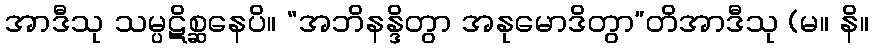
အာဒီသု သမ္ပဋိစ္ဆနေပိ။ “အဘိနန္ဒိတွာ အနုမောဒိတွာ”တိအာဒီသု (မ။ နိ။